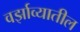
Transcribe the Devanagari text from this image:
वर्झाव्यातील